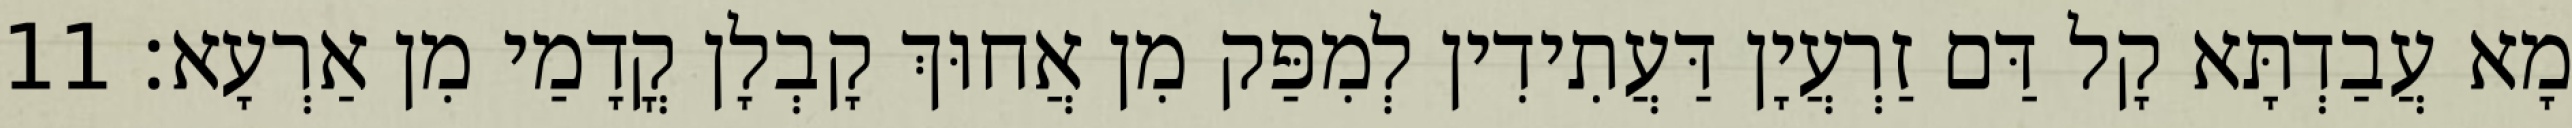
מָא עֲבַדְתָּא קָל דַּם זַרְעֲיָן דַּעֲתִידִין לְמִפַּק מִן אֲחוּךְ קָבְלָן קֳדָמַי מִן אַרְעָא׃ 11